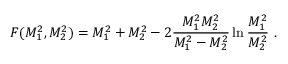
F ( M _ { 1 } ^ { 2 } , M _ { 2 } ^ { 2 } ) = M _ { 1 } ^ { 2 } + M _ { 2 } ^ { 2 } - 2 { \frac { M _ { 1 } ^ { 2 } M _ { 2 } ^ { 2 } } { M _ { 1 } ^ { 2 } - M _ { 2 } ^ { 2 } } } \ln { \frac { M _ { 1 } ^ { 2 } } { M _ { 2 } ^ { 2 } } } \ .